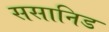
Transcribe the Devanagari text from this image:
ससानिड